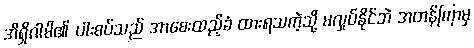
အိရှိဂါမိ၏ ပါးစပ်သည် အာစေးထည့်ခံ ထားရသကဲ့သို့ မလှုပ်နိုင်ဘဲ အတန်ကြာမှ